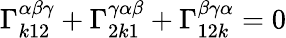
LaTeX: \Gamma_{k12}^{\alpha\beta\gamma}+\Gamma_{2k1}^{\gamma\alpha\beta}+\Gamma_{12k}^{\beta\gamma\alpha}=0